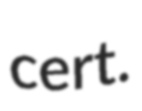
cert.